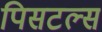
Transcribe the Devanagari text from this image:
पिसटल्स